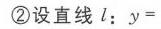
\textcircled{2}设直线\(l\)：\(y =\)